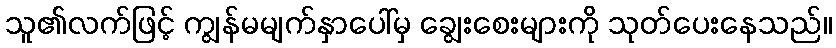
သူ၏လက်ဖြင့် ကျွန်မမျက်နှာပေါ်မှ ချွေးစေးများကို သုတ်ပေးနေသည်။